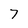
Character: 7